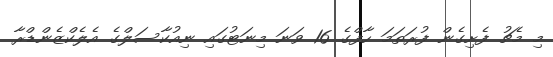
މި މެޗު ފެށިގެން ފުރަތަމަ ހާފްގެ 16 ވަނަ މިނަޓުގައި ނިއުކާސަލްގެ އެލެކްޒެންޑްރާ